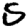
Digit: 5